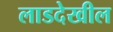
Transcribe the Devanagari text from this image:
लाडदेखील